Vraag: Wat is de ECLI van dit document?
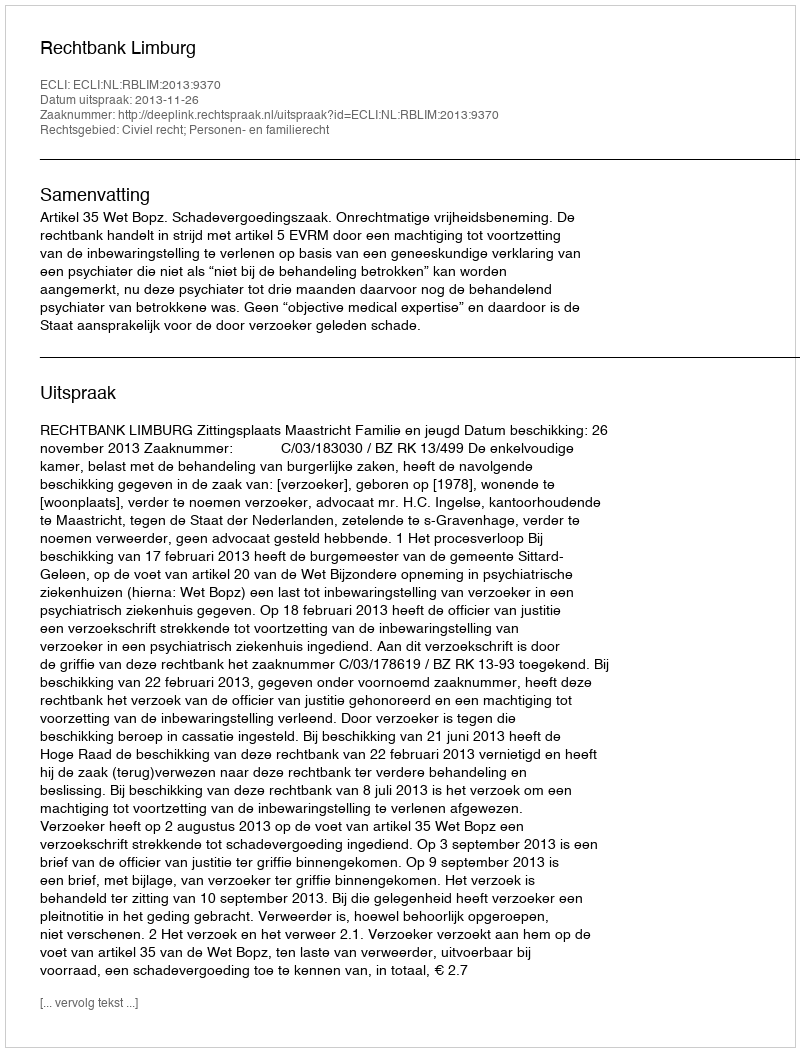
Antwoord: ECLI:NL:RBLIM:2013:9370